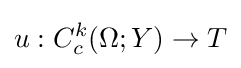
u:C_{c}^{k}(\Omega ;Y)\to T